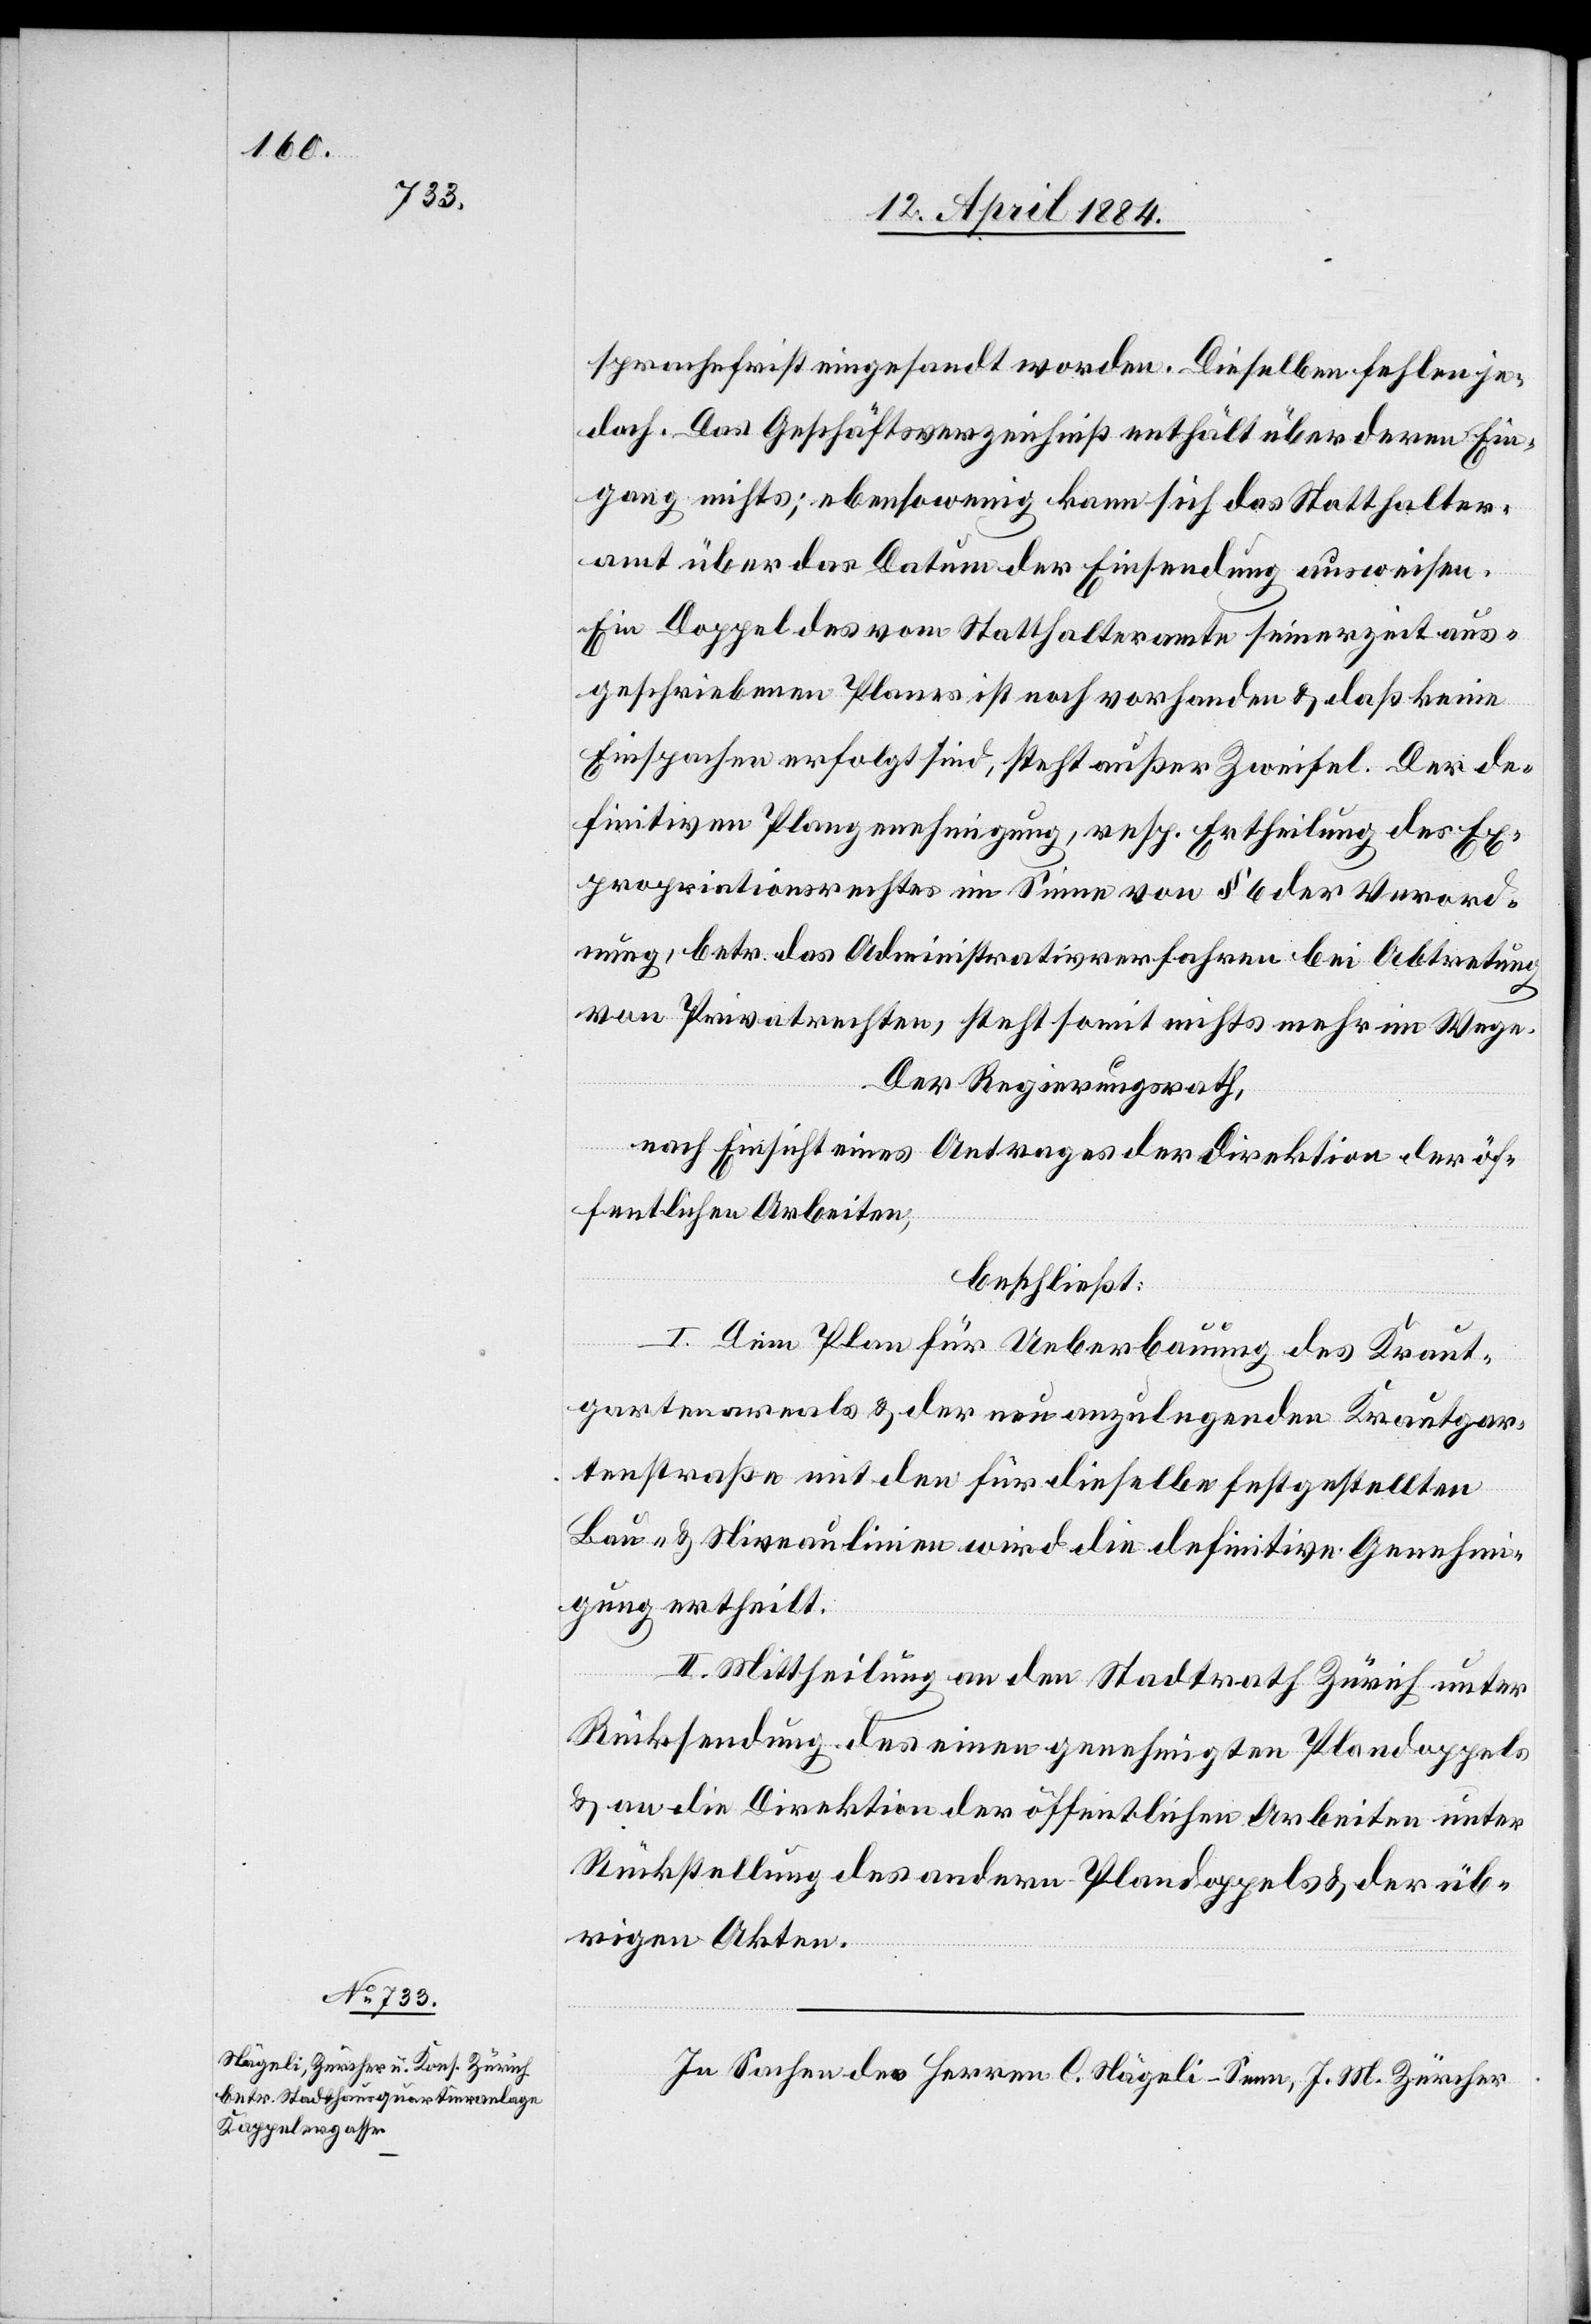
sprachefrist eingesandt worden. Dieselben fehlen je¬
doch. Das Geschäftsverzeichniß enthält über deren Ein¬
gang nichts; ebensowenig kann sich das Statthalter¬
amt über das Datum der Einsendung ausweisen.
Ein Doppel des vom Statthalteramte seinerzeit aus¬
geschriebenen Planes ist noch vorhanden & daß keine
Einsprachen erfolgt sind, steht außer Zweifel. Der de¬
finitiven Plangenehmigung, resp. Ertheilung des Ex¬
propriationsrechtes im Sinne von § 6 der Verord¬
nung, betr. das Administrativerfahren bei Abtretung
von Privatrechten steht somit nichts mehr im Wege.
Der Regierungsrath,
nach Einsicht eines Antrages der Direktion der öf¬
fentlichen Arbeiten,
beschließt:
I. Dem Plan für Ueberbauung des Kraut¬
gartenareals & der neu anzulegenden Krautgar¬
tenstraße mit den für dieselbe festgestellten
Bau- & Niveaulinien wird die definitive Genehmi¬
gung ertheilt.
II. Mittheilung an den Stadtrath Zürich unter
Rücksendung des einen genehmigten Plandoppels
& an die Direktion der öffentlichen Arbeiten unter
Rückstellung des andern Plandoppels & der üb¬
rigen Akten.
In Sachen der Herren C. Nägeli-Senn, J. M. Zürcher